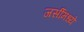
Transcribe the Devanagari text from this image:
जर्सीमध्ये